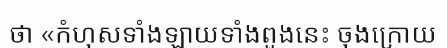
ថា «កំហុសទាំងឡាយទាំងពួងនេះ ចុងក្រោយ